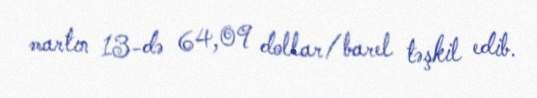
martın 13-də 64,09 dollar/barel təşkil edib.